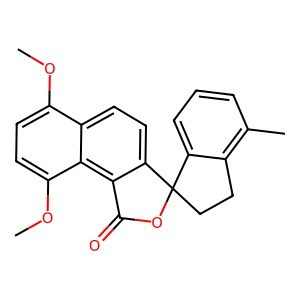
SMILES: COc1ccc(OC)c2c3c(ccc12)C1(CCc2c(C)cccc21)OC3=O
Inhibits HIV replication: No